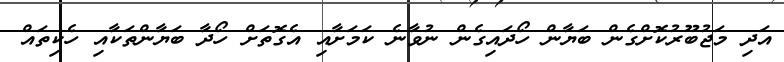
އަދި މަޖުބޫރުކޮށްގެން ބަޔާން ހޯދައިގެން ނުވާނެ ކަމަށާއި އެގޮތަށް ހޯދާ ބަޔާންތަކާއި ހެކިތައް